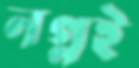
নগ্নই